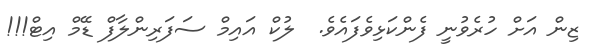
ޒިން އަށް ހުރެވުނީ ފެންކަޅިވެފައެވެ.  ލުކް އައިމް ސަފަރިންލާފް ޑޭމް އިޓް!!!